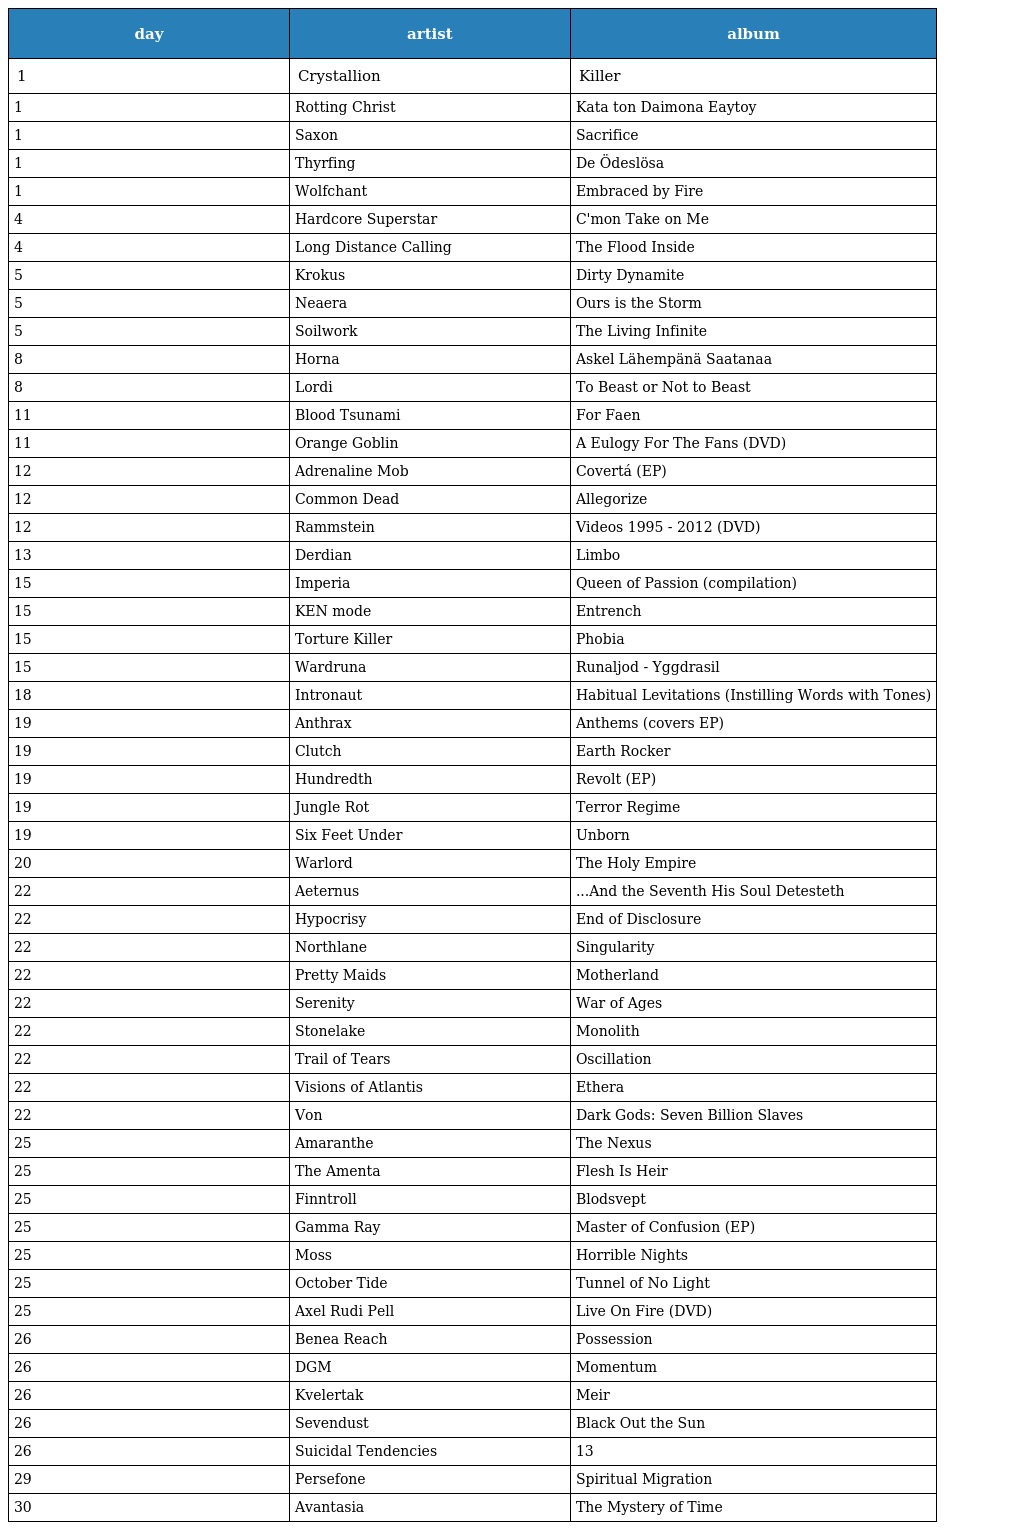
| day | artist | album |
 | --- | --- | --- |
 | 1 | Crystallion | Killer |
 | 1 | Rotting Christ | Kata ton Daimona Eaytoy |
 | 1 | Saxon | Sacrifice |
 | 1 | Thyrfing | De Ödeslösa |
 | 1 | Wolfchant | Embraced by Fire |
 | 4 | Hardcore Superstar | C'mon Take on Me |
 | 4 | Long Distance Calling | The Flood Inside |
 | 5 | Krokus | Dirty Dynamite |
 | 5 | Neaera | Ours is the Storm |
 | 5 | Soilwork | The Living Infinite |
 | 8 | Horna | Askel Lähempänä Saatanaa |
 | 8 | Lordi | To Beast or Not to Beast |
 | 11 | Blood Tsunami | For Faen |
 | 11 | Orange Goblin | A Eulogy For The Fans (DVD) |
 | 12 | Adrenaline Mob | Covertá (EP) |
 | 12 | Common Dead | Allegorize |
 | 12 | Rammstein | Videos 1995 - 2012 (DVD) |
 | 13 | Derdian | Limbo |
 | 15 | Imperia | Queen of Passion (compilation) |
 | 15 | KEN mode | Entrench |
 | 15 | Torture Killer | Phobia |
 | 15 | Wardruna | Runaljod - Yggdrasil |
 | 18 | Intronaut | Habitual Levitations (Instilling Words with Tones) |
 | 19 | Anthrax | Anthems (covers EP) |
 | 19 | Clutch | Earth Rocker |
 | 19 | Hundredth | Revolt (EP) |
 | 19 | Jungle Rot | Terror Regime |
 | 19 | Six Feet Under | Unborn |
 | 20 | Warlord | The Holy Empire |
 | 22 | Aeternus | ...And the Seventh His Soul Detesteth |
 | 22 | Hypocrisy | End of Disclosure |
 | 22 | Northlane | Singularity |
 | 22 | Pretty Maids | Motherland |
 | 22 | Serenity | War of Ages |
 | 22 | Stonelake | Monolith |
 | 22 | Trail of Tears | Oscillation |
 | 22 | Visions of Atlantis | Ethera |
 | 22 | Von | Dark Gods: Seven Billion Slaves |
 | 25 | Amaranthe | The Nexus |
 | 25 | The Amenta | Flesh Is Heir |
 | 25 | Finntroll | Blodsvept |
 | 25 | Gamma Ray | Master of Confusion (EP) |
 | 25 | Moss | Horrible Nights |
 | 25 | October Tide | Tunnel of No Light |
 | 25 | Axel Rudi Pell | Live On Fire (DVD) |
 | 26 | Benea Reach | Possession |
 | 26 | DGM | Momentum |
 | 26 | Kvelertak | Meir |
 | 26 | Sevendust | Black Out the Sun |
 | 26 | Suicidal Tendencies | 13 |
 | 29 | Persefone | Spiritual Migration |
 | 30 | Avantasia | The Mystery of Time |